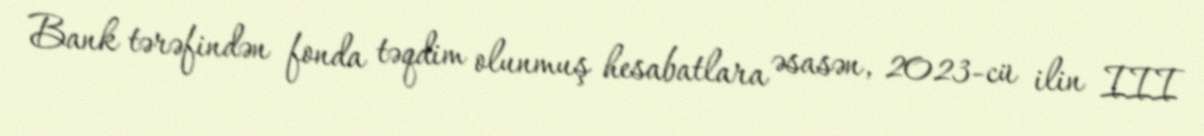
Bank tərəfindən fonda təqdim olunmuş hesabatlara əsasən, 2023-cü ilin III